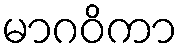
မာဂဝိကာ